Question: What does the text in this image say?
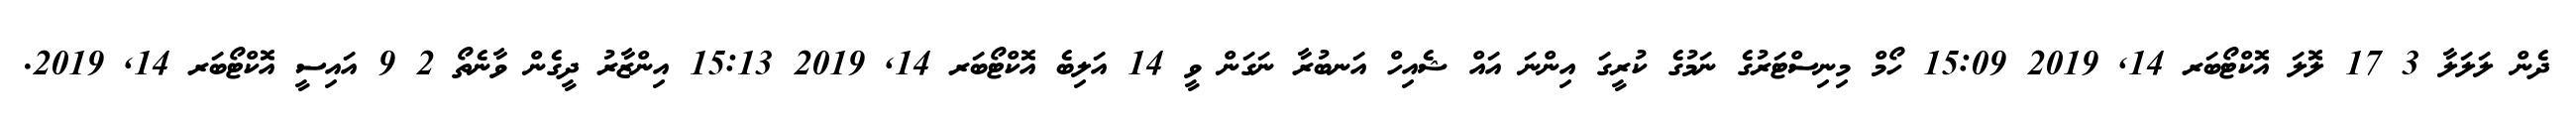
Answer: ދެން ލަލަލާ 3 17 ލޮލަ އޮކްޓޯބަރ 14, 2019 15:09 ހޯމް މިނިސްޓަރުގެ ނަމުގެ ކުރީގަ އިންނަ އައް ޝެއިހް އަނބުރާ ނަގަން ވީ 14 އަލިބެ އޮކްޓޯބަރ 14, 2019 15:13 އިންޒާރު ދީގެން ވާނެތޯ 2 9 އައިސީ އޮކްޓޯބަރ 14, 2019.